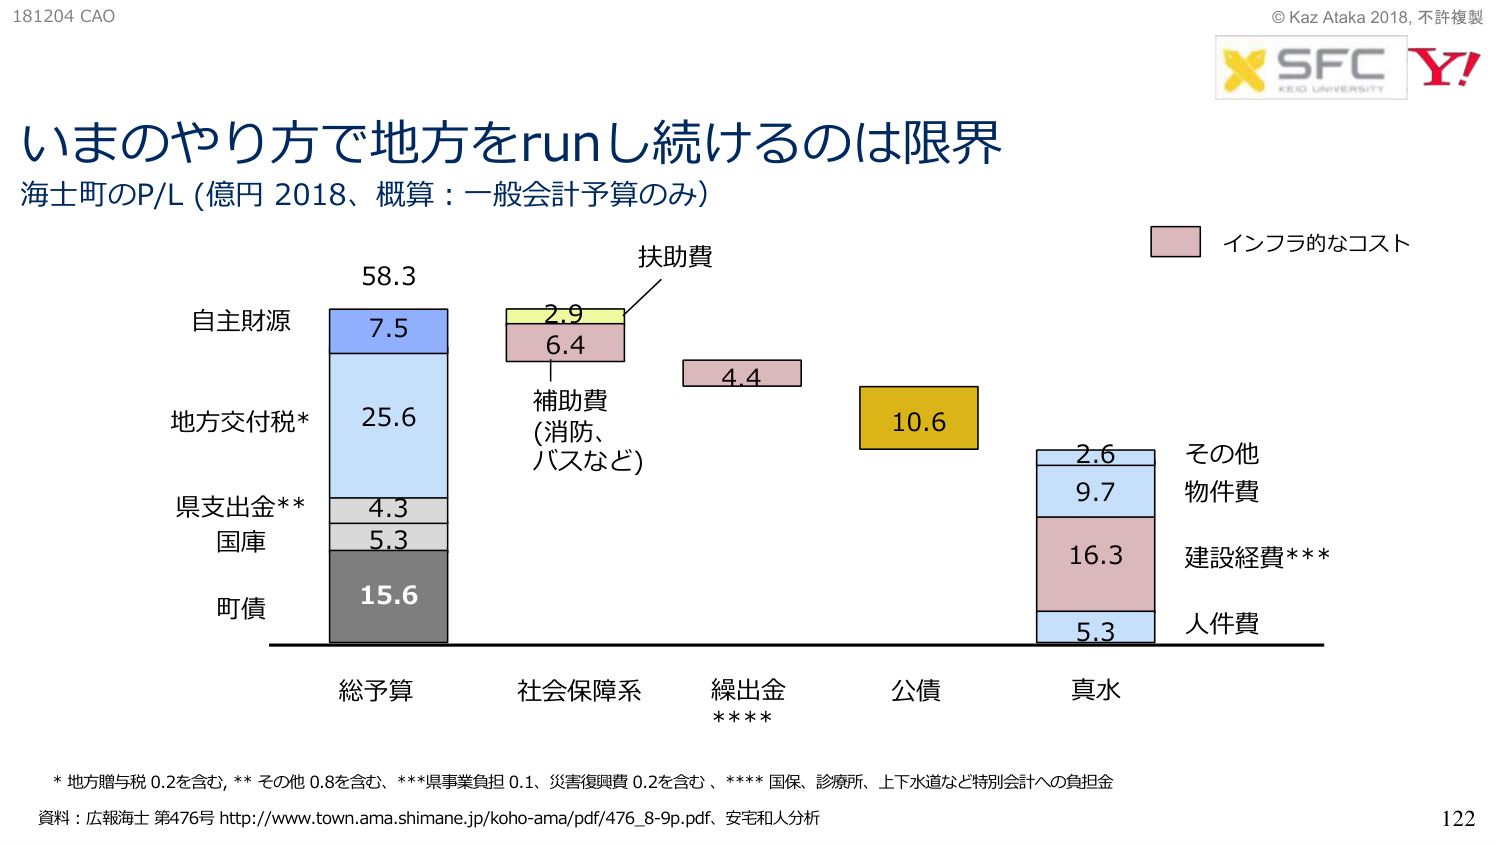
181204 CAO
© Kaz Ataka 2018, 不許複製
X SFC KEIO UNIVERSITY Y!

いまのやり方で地方をrunし続けるのは限界
海士町のP/L (億円 2018、概算：一般会計予算のみ)

インフラのなコスト

自主財源
58.3
7.5

地方交付税*
25.6

県支出金**
4.3

国庫
5.3

町債
15.6

総予算

社会保険系
補助費
(消防、
バスなど)
2.9
6.4

扶助費

繰出金
****
4.4

公債
10.6

真水
2.6
9.7
16.3
5.3

その他
物件費

建設経費***

人件費

* 地方譲与税 0.2を含む、** その他 0.8を含む、***県事業負担 0.1、災害復興費 0.2を含む、**** 国保、診療所、上下水道など特別会計への負担金
資料：広報海士 第476号 http://www.town.ama.shimane.jp/koho-ama/pdf/476_8-9p.pdf、安宅和人分析

122